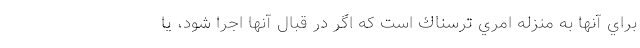
براي آنها به منزله امري ترسناك است كه اگر در قبال آنها اجرا شود، يا